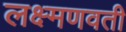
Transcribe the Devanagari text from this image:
लक्ष्मणवती